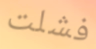
فشلت